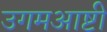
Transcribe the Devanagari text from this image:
उगमआष्टी